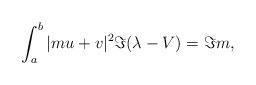
LaTeX: \begin{align*} \int_a^b|mu+v|^2\Im(\lambda-V) =\Im m, \end{align*}